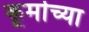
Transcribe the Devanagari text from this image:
कूर्माच्या